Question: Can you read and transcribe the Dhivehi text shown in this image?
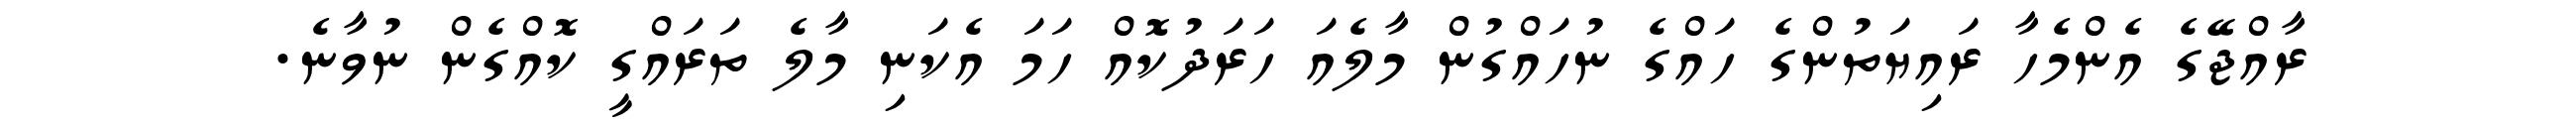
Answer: ރާއްޖޭގެ އެންމެހާ ރައިޔަތުންގެ ހައްގެ ނުހައްގުން މާލެއަ ހަރަދުކޮއް ހަމަ އެކަނި މާލެ ތަރައްގީ ކޮއްގެން ނުވާނެ.